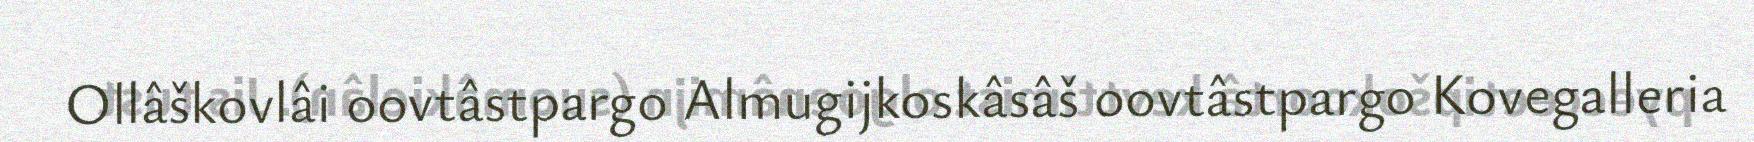
Ollâškovlâi oovtâstpargo Almugijkoskâsâš oovtâstpargo Kovegalleria